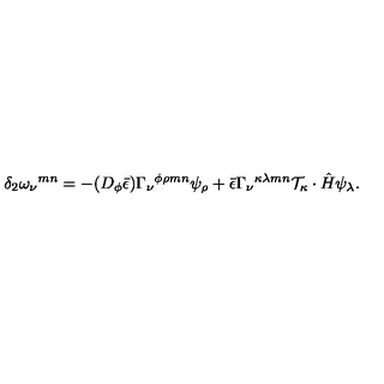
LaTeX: \delta _ { 2 } \omega _ { \nu } { } ^ { m n } = - ( D _ { \phi } \bar { \epsilon } ) \Gamma _ { \nu } { } ^ { \phi \rho m n } \psi _ { \rho } + \bar { \epsilon } \Gamma _ { \nu } { } ^ { \kappa \lambda m n } { \cal T } _ { \kappa } \cdot \hat { H } \psi _ { \lambda } .